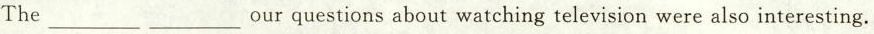
The_________ _________our questions about watching television were also interesting.